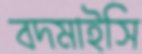
বদমাইসি